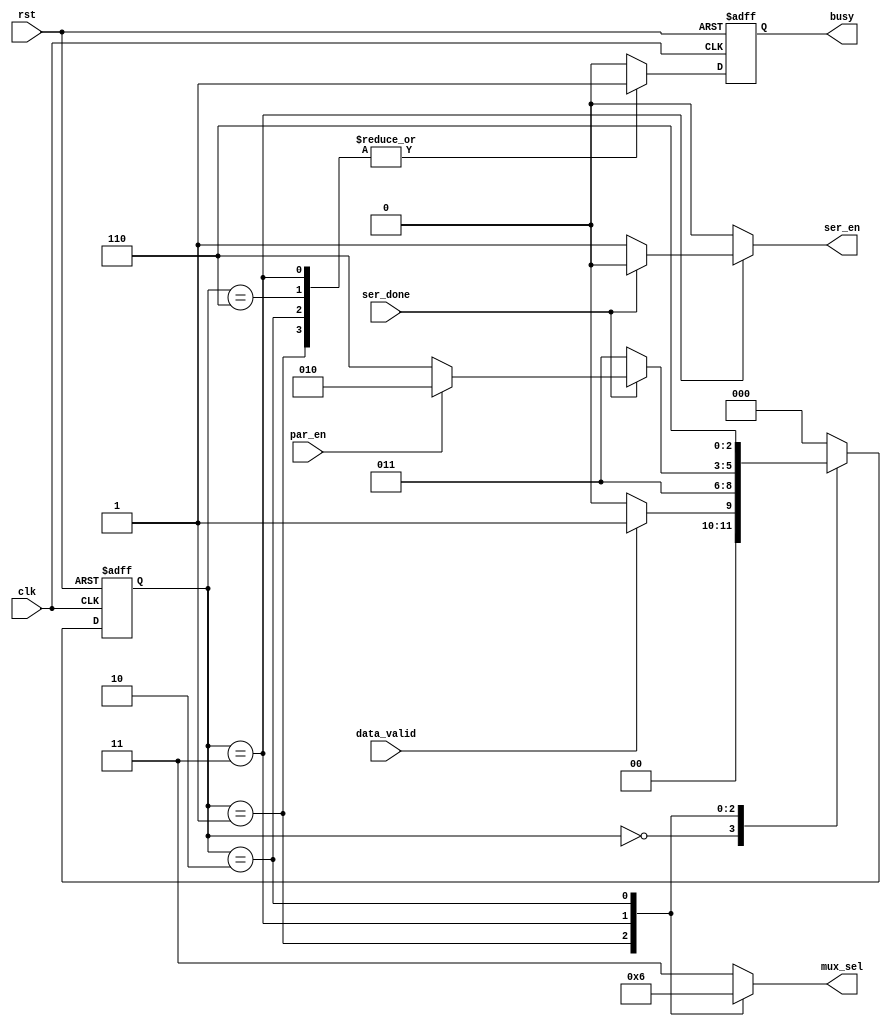
module tx_fsm #(parameter data_width = 8)
(clk,rst,data_valid,ser_done,par_en,mux_sel,busy,ser_en);

input            clk;
input            rst;
input            data_valid;
input            ser_done;
input            par_en;
output reg [1:0] mux_sel;
output reg       busy;
output reg       ser_en;

reg busy_c;
reg [(3 - 1):0] current_state;
reg [(3 - 1):0] next_state;

localparam [2:0] IDLE = 3'b000;
localparam [2:0] START_BIT_TRANSMISSION = 3'b001;
localparam [2:0] SERIAL_DATA_TRANSMISSION = 3'b011;
localparam [2:0] PARTIY_BIT_TRANSMISSION = 3'b010;
localparam [2:0] STOP_BIT_TRANSMISSION = 3'b110;

//state transition
always @(posedge clk, negedge rst)
begin
    if (~rst)
    begin
        current_state <= IDLE; 
    end
    else
    begin
        current_state <= next_state;
    end
end

//next state
always @(*)
begin
    case(current_state)
        IDLE:
        begin
            if(data_valid)
                next_state = START_BIT_TRANSMISSION;
            else
                next_state = IDLE;
        end 

        START_BIT_TRANSMISSION:
        begin
            next_state = SERIAL_DATA_TRANSMISSION;
        end 

        SERIAL_DATA_TRANSMISSION:
        begin
        if(ser_done)
        begin
            if(par_en)
                next_state = PARTIY_BIT_TRANSMISSION;
            else
                next_state = STOP_BIT_TRANSMISSION;
        end
        else
            next_state = SERIAL_DATA_TRANSMISSION;
        end 

        PARTIY_BIT_TRANSMISSION:
        begin
            next_state = STOP_BIT_TRANSMISSION;
        end 

        STOP_BIT_TRANSMISSION:
        begin
            next_state = IDLE;
        end 

        default: next_state = IDLE;
    endcase
end

//output
always @(*)
begin

    ser_en = 1'b0 ;
    busy_c = 1'b0 ;
    mux_sel = 2'b11 ;	

    case(current_state)
        IDLE:
        begin
            mux_sel = 2'b11;
            busy_c    = 1'b0;
            ser_en  = 1'b0;
        end 

        START_BIT_TRANSMISSION:
        begin
            mux_sel = 2'b00;
            busy_c    = 1'b1;
            ser_en  = 1'b0;
        end 

        SERIAL_DATA_TRANSMISSION:
        begin
            mux_sel = 2'b01;
            busy_c  = 1'b1;
            ser_en  = 1'b1;
            if(ser_done)
                ser_en = 1'b0 ;  
			else
                ser_en = 1'b1 ;
        end 

        PARTIY_BIT_TRANSMISSION:
        begin
            mux_sel = 2'b10;
            busy_c  = 1'b1;
        end 

        STOP_BIT_TRANSMISSION:
        begin
            mux_sel = 2'b11;
            busy_c    = 1'b1;
        end 

        default:
        begin             
            mux_sel = 2'b11;
            busy_c  = 1'b0;
            ser_en  = 1'b0;
        end
    endcase
end

always @ (posedge clk or negedge rst)
 begin
  if(!rst)
   begin
    busy <= 1'b0 ;
   end
  else
   begin
    busy <= busy_c ;
   end
 end

endmodule